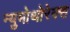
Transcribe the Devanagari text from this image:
न्युमोथोरेक्स